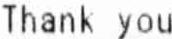
THANK YOU